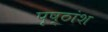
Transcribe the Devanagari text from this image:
पृष्ठांश